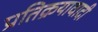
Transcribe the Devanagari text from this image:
प्रतिक्रयावादी